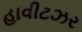
હાવીટઝર